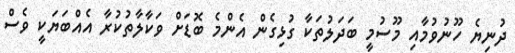
ދުނިޔެ ހޫނުވުމާއި މޫސުމީ ބަދަލުތަކާ ގުޅިގެން އެންމެ ބޮޑަށް ވަކާލާތުކުރާ އެއްބަޔަކީ ވެސް